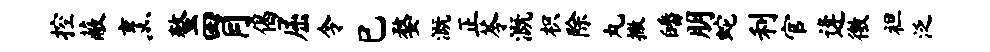
控蔽烹螯胃偈屈令巳婺溉正苓溉枳除丸撒皤朋蛇利官逄徼袒泛